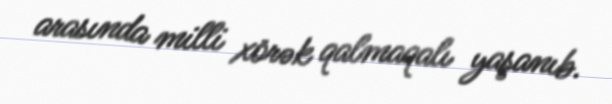
arasında milli xörək qalmaqalı yaşanıb.